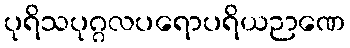
ပုရိသပုဂ္ဂလပရောပရိယဉာဏေ